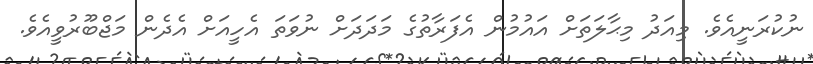
ނުކުރަނީއެވެ. މިއަދު މިޙާލަތަށް އައުމުން އެފަރާތުގެ މަދަދަށް ނުވަތަ އެހީއަށް އެދެން މަޖްބޫރުވީއެވެ.